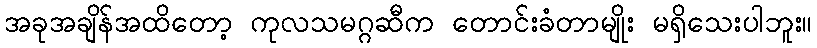
အခုအချိန်အထိတော့ ကုလသမဂ္ဂဆီက တောင်းခံတာမျိုး မရှိသေးပါဘူး။